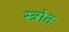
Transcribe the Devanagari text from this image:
स्त्रोतः